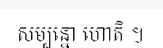
សម្បន្នោ ហោតិ ។